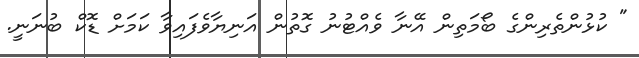
" ކުޅުންތެރިންގެ ބޯމަތިން އޭނާ ވެއްޓުނު ގޮތުން އަނިޔާވެފައިވާ ކަމަށް ޑޮކް ބުނަނީ.